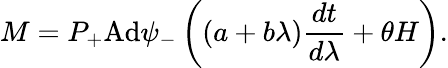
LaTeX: M=P_{+}\mathrm{Ad}\psi_{-}\left((a+b\lambda)\frac{dt}{d\lambda}+\theta H\right).